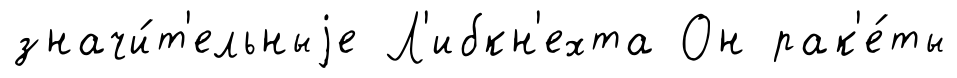
значи́т'ельныjе Л'ибкн'ехта Он рак'е́ты